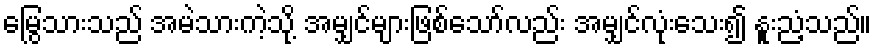
မြွေသားသည် အမဲသားကဲ့သို့ အမျှင်များဖြစ်သော်လည်း အမျှင်လုံးသေး၍ နူးညံ့သည်။